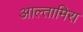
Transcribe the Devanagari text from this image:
आल्तामिरा